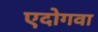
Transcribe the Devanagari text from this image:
एदोगवा